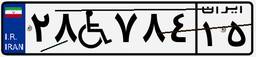
۲۸W۷۸۴۱۵